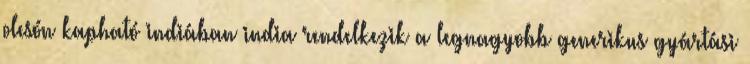
olcsón kapható indiában india rendelkezik a legnagyobb generikus gyártási